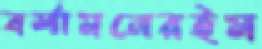
বর্শামনেরইম